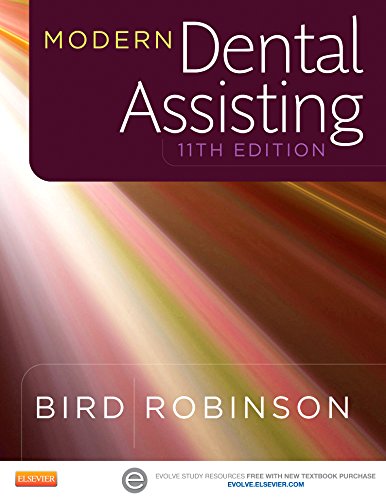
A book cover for Dental Assisting Online for Modern Dental Assisting (Access Code, Textbook, and Workbook  Package), 11e; Doni L. Bird CDA  RDA  RDH  MA; Medical Books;